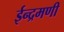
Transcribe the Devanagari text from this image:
ईन्द्रमणी